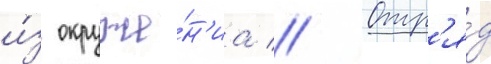
и́з окруже́н'иа // Отр'я́д